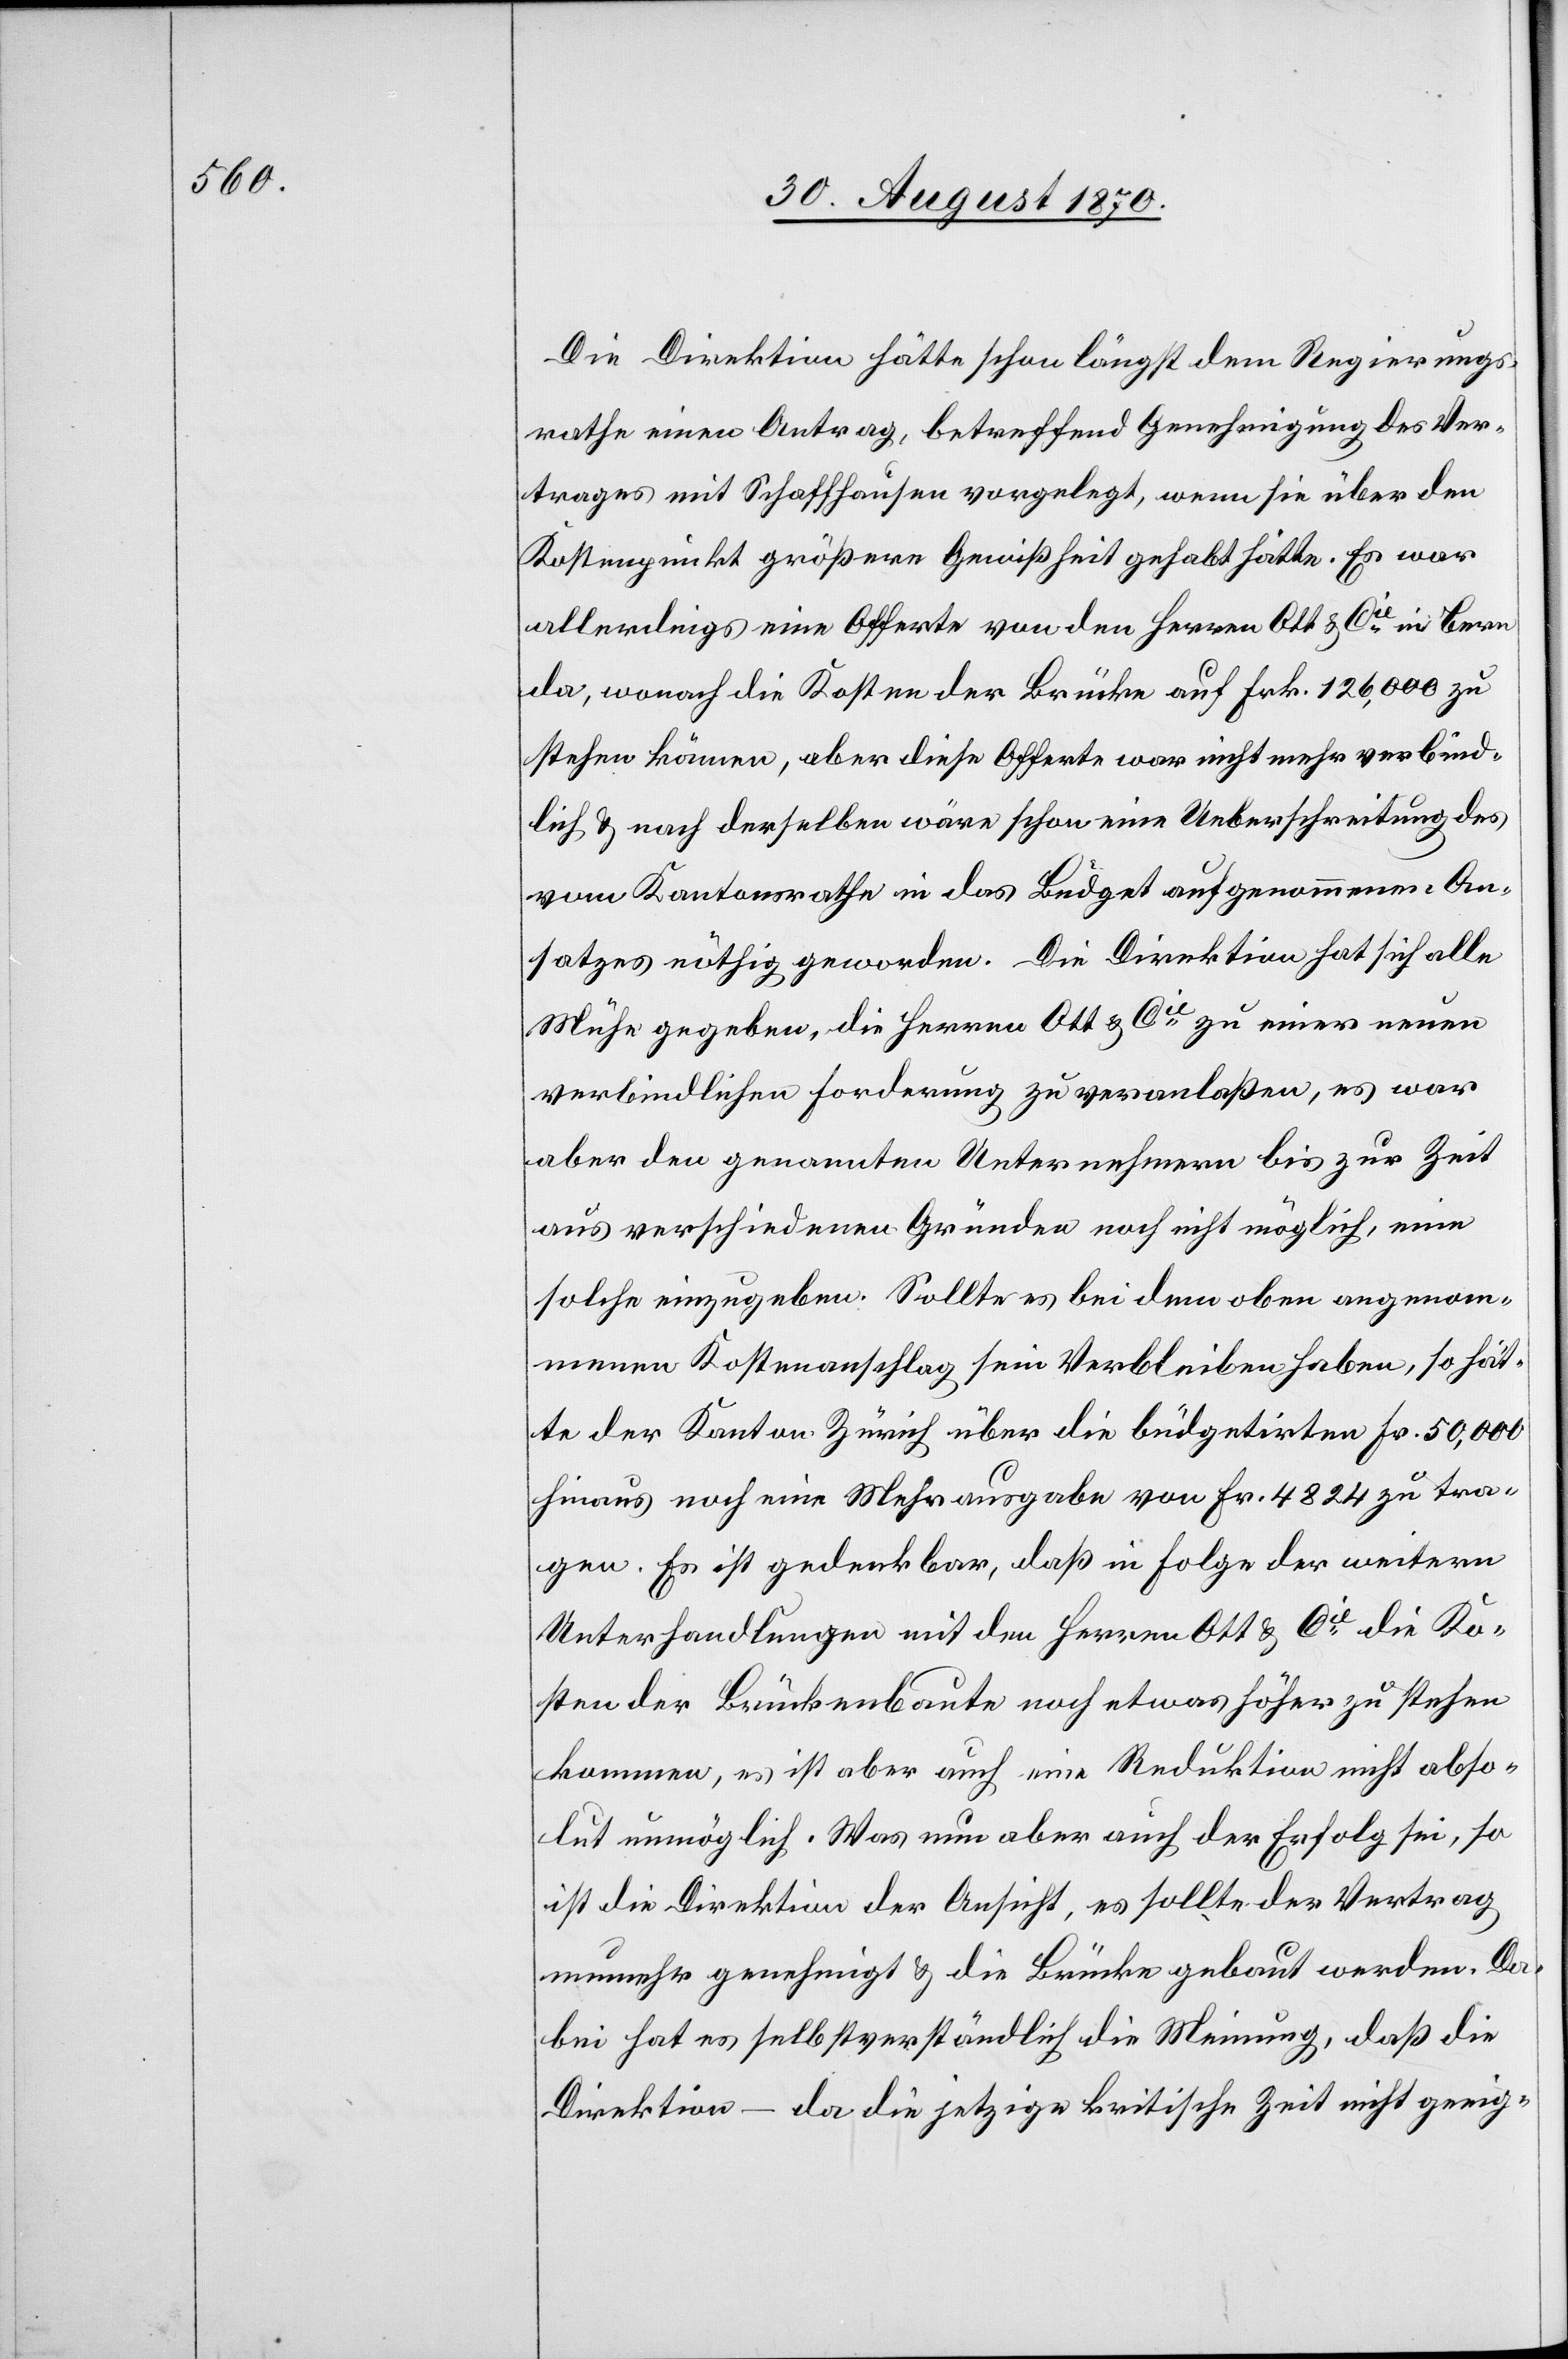
Die Direktion hätte schon längst dem Regierungs¬
rathe einen Antrag betreffend Genehmigung des Ver¬
trages mit Schaffhausen vorgelegt, wenn sie über den
Kostenpunkt größere Gewißheit gehabt hätte. Es war
allerdings eine Offerte von den Herren Ott & Cie in Bern
da, wonach die Kosten der Brücke auf Frk. 126,000 zu
stehen kämen, aber diese Offerte wer nicht mehr verbind¬
lich & nach derselben wäre schon eine Ueberschreitung des
vom Kantonsrathe in das Budget aufgenommenen An¬
satzes nöthig geworden. Die Direktion hat sich alle
Mühe gegeben, die Herren Ott & Cie zu einer neuen
verbindlichen Forderung zu veranlaßen, es war
aber den genannten Unternehmen bis zur Zeit
aus verschiedenen Gründen noch nicht möglich, eine
solche einzugeben. Sollte es bei dem oben angenom¬
menen Kostenanschlag sein Verbleiben haben, so hät¬
te der Kanton Zürich über die büdgetirten Fr. 50,000
hinaus noch eine Mehrausgabe von Fr. 4824 zu tra¬
gen. Es ist gedenkbar, daß in Folge der weitern
Unterhandlungen mit den Herren Ott & Cie die Ko¬
sten der Brückenbaute noch etwas höher zu stehen
kommen, es ist aber auch eine Reduktion nicht abso¬
lut unmöglich. Was nun aber auch der Erfolg sei, so
ist die Direktion der Ansicht, es sollte der Vertrag
nunmehr genehmigt & die Brücke gebaut werden. Da¬
bei hat es selbstverständlich die Meinung, daß die
Direktion – da die jetzige kritische Zeit nicht geeig-